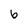
Character: 6